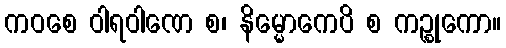
ကဝစေ ဝါရဝါဏေ စ၊ နိမ္မောကေပိ စ ကဉ္စုကော။